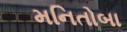
મનિતોબા